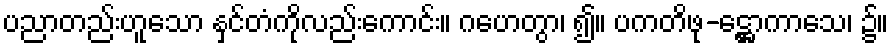
ပညာတည်းဟူသော နှင်တံကိုလည်းကောင်း။ ဂဟေတွာ၊ ၍။ ပကတိဖု-ဋ္ဌောကာသေ၊ ၌။